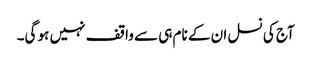
آج کی نسل ان کے نام ہی سے واقف نہیں ہو گی۔